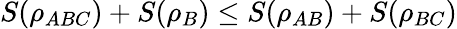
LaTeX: S(\rho_{ABC})+S(\rho_{B})\leq S(\rho_{AB})+S(\rho_{BC})